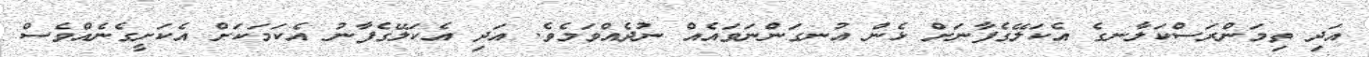
އަދި ތިމަންރަސްކަލާނގެ އެކަލޭގެފާނަށް ޅެން އުނގަންނަވައެއް ނުދެއްވަމެވެ. އަދި އެކަލޭގެފާނު އެކަމަކަށް އެކަށީގެނެއްވެސް